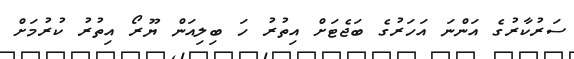
ސަރުކާރުގެ އަންނަ އަހަރުގެ ބަޖެޓަށް އިތުރު ހަ ބިލިއަން ޔޫރޯ އިތުރު ކުރުމަށް